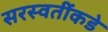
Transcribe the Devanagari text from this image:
सरस्वतींकडे